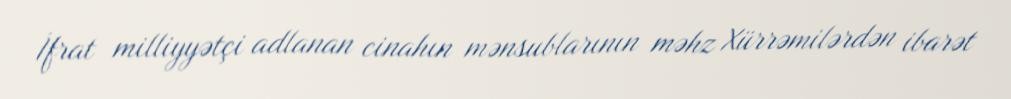
İfrat milliyyətçi adlanan cinahın mənsublarının məhz Xürrəmilərdən ibarət